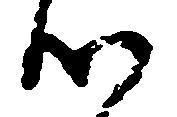
つ